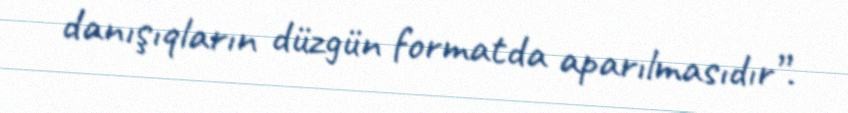
danışıqların düzgün formatda aparılmasıdır”.